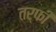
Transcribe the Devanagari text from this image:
तर्फी